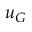
u _ { G }